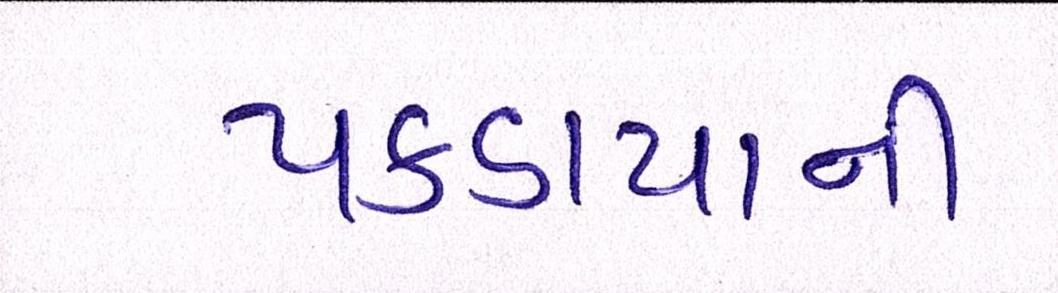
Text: પકડાયાની